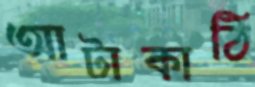
আটাকাঠি